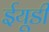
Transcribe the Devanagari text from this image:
ईयूडी